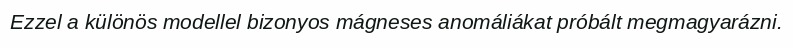
Ezzel a különös modellel bizonyos mágneses anomáliákat próbált megmagyarázni.